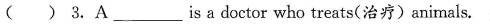
( ) 3.A___is a doctor who treats(治疗)animals.